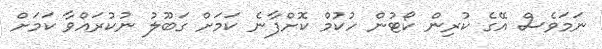
ނަމަވެސް އޭގެ ކުރިން ކޯޓުން ހުކުމް ކޮށްފާނެ ކަމަށް ގަބޫލު ނުކުރައްވާ ކަމަށް